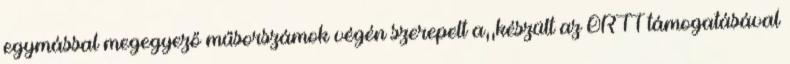
egymással megegyező műsorszámok végén szerepelt a,,készült az ORTT támogatásával